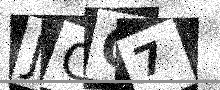
Text: JCQ7